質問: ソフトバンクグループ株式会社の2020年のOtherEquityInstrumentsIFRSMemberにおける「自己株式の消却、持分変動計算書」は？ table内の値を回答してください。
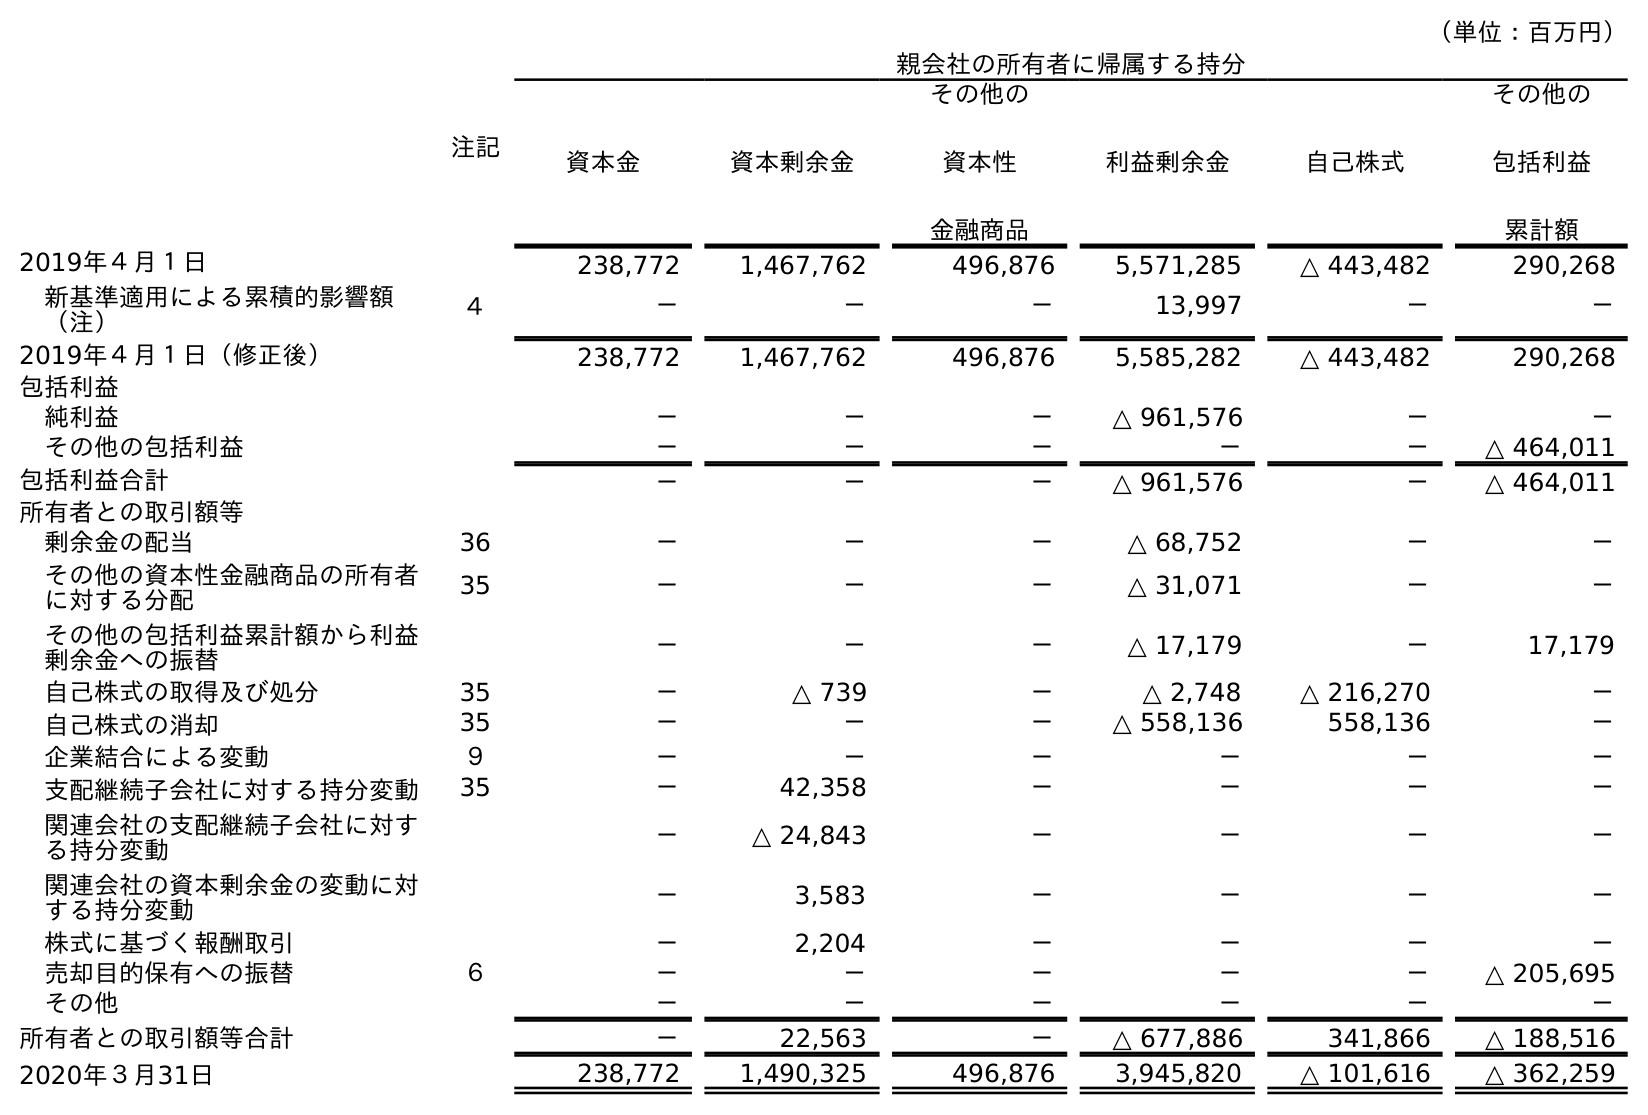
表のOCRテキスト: （単位：百万円） 注記 親会社の所有者に帰属する持分 資本金 資本剰余金 その他の 資本性 金融商品 利益剰余金 自己株式 その他の 包括利益 累計額 2019年４月１日 238,772 1,467,762 496,876 5,571,285 △ 443,482 290,268 新基準適用による累積的影響額 （注） ４ － － － 13,997 － － 2019年４月１日（修正後） 238,772 1,467,762 496,876 5,585,282 △ 443,482 290,268 包括利益 純利益 － － － △ 961,576 － － その他の包括利益 － － － － － △ 464,011 包括利益合計 － － － △ 961,576 － △ 464,011 所有者との取引額等 剰余金の配当 36 － － － △ 68,752 － － その他の資本性金融商品の所有者 に対する分配 35 － － － △ 31,071 － － その他の包括利益累計額から利益 剰余金への振替 － － － △ 17,179 － 17,179 自己株式の取得及び処分 35 － △ 739 － △ 2,748 △ 216,270 － 自己株式の消却 35 － － － △ 558,136 558,136 － 企業結合による変動 ９ － － － － － － 支配継続子会社に対する持分変動 35 － 42,358 － － － － 関連会社の支配継続子会社に対す る持分変動 － △ 24,843 － － － － 関連会社の資本剰余金の変動に対 する持分変動 － 3,583 － － － － 株式に基づく報酬取引 － 2,204 － － － － 売却目的保有への振替 ６ － － － － － △ 205,695 その他 － － － － － － 所有者との取引額等合計 － 22,563 － △ 677,886 341,866 △ 188,516 2020年３月31日 238,772 1,490,325 496,876 3,945,820 △ 101,616 △ 362,259
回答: －